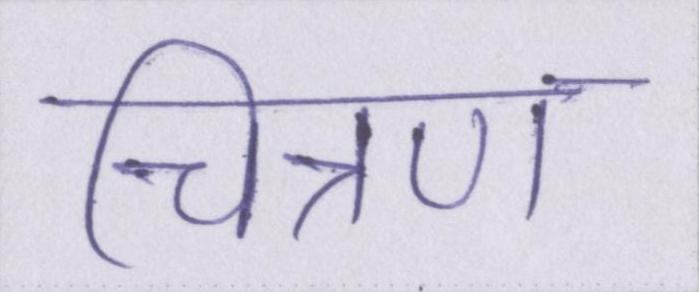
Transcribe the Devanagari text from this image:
चित्रण